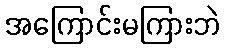
အကြောင်းမကြားဘဲ